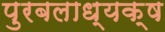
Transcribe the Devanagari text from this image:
पुरबलाध्यक्ष